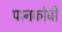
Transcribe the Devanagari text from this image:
पानकोबी